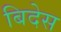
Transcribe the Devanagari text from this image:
बिदेस